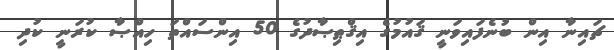
ޗައިނާ އިން ބުނެފައިވަނީ ޤައުމުގެ އިޤްޠިޞާދުގެ 50 އިންސައްތަ ހިއްޞާ ކުރަނީ ކުދި